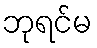
ဘုရင်မ